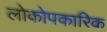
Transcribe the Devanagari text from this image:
लोकोपकारिक